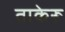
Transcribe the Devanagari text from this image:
ताकेरू